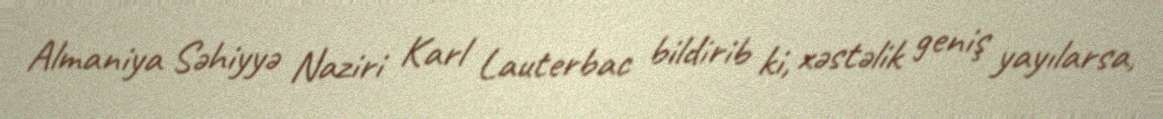
Almaniya Səhiyyə Naziri Karl Lauterbac bildirib ki, xəstəlik geniş yayılarsa,